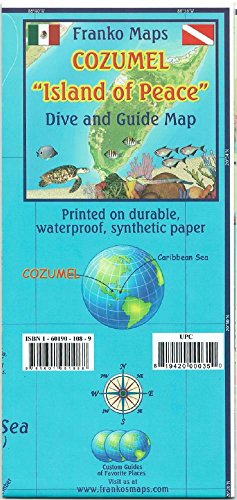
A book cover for Cozumel Dive & Adventure Guide Franko Maps Waterproof Map; Franko Maps Ltd.; Travel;